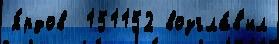
я́рдов  151152 возгла́в'ил